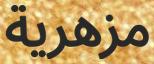
مزھرية